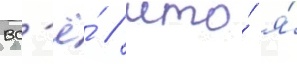
вс'ё́ / что́ я́